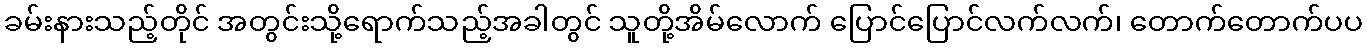
ခမ်းနားသည့်တိုင် အတွင်းသို့ရောက်သည့်အခါတွင် သူတို့အိမ်လောက် ပြောင်ပြောင်လက်လက်၊ တောက်တောက်ပပ